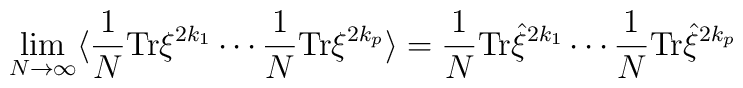
\lim_{N \rightarrow \infty} \langle\frac{1}{N}{\rm Tr}\xi^{2k_{1}}\cdots\frac{1}{N} {\rm Tr}\xi^{2k_{p}}\rangle=\frac{1}{N}{\rm Tr}{\hat \xi}^{2k_{1}}\cdots \frac{1}{N}{\rm Tr}{\hat\xi}^{2k_{p}}